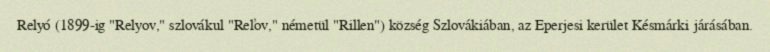
Relyó (1899-ig "Relyov," szlovákul "Reľov," németül "Rillen") község Szlovákiában, az Eperjesi kerület Késmárki járásában.